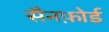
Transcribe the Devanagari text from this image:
सैनफ़ोर्ड